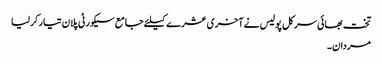
تخت بھائی سرکل پولیس نے آخری عشرے کیلئے جامع سیکورٹی پلان تیار کرلیا
مردان۔